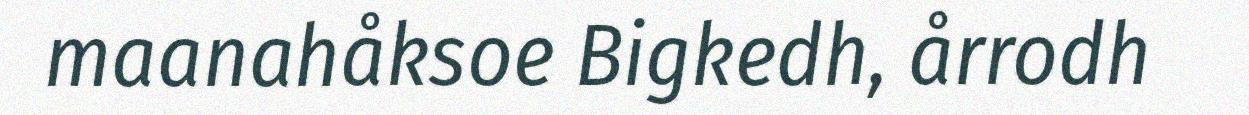
maanahåksoe Bigkedh, årrodh